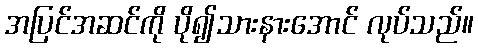
အပြင်အဆင်ကို ပို၍သားနားအောင် လုပ်သည်။